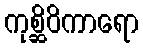
ကုစ္ဆိဝိကာရော